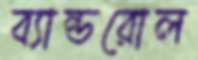
ব্যান্ডরোল